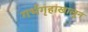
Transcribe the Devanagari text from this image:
गर्भगृहाखालून